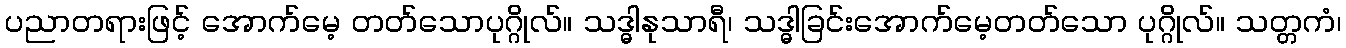
ပညာတရားဖြင့် အောက်မေ့ တတ်သောပုဂ္ဂိုလ်။ သဒ္ဓါနုသာရီ၊ သဒ္ဓါခြင်းအောက်မေ့တတ်သော ပုဂ္ဂိုလ်။ သတ္တကံ၊